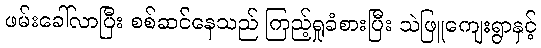
ဖမ်းခေါ်လာပြီး စစ်ဆင်နေသည် ကြည့်ရှုခံစားပြီး သဲဖြူကျေးရွာနှင့်